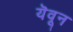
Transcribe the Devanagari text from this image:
यॆवून